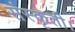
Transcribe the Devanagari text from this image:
संस्कृती।